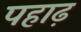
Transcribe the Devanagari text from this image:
पहाढ़